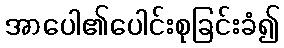
အာပေါ၏ပေါင်းစုခြင်းခံ၍